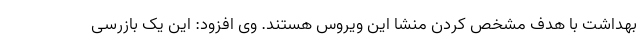
بهداشت با هدف مشخص کردن منشا این ویروس هستند. وی افزود: این یک بازرسی